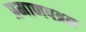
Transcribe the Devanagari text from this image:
प्रमाणपत्रन